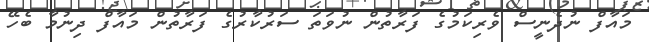
މައާފް ނުދެނީސް ވެރިކަމުގެ ފަރާތުން ނުވަތަ ސަރުކާރުގެ ފަރާތުން މައާފް ދިނުމާ ބެހޭ